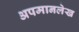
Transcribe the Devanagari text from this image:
अपमानलेख